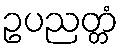
ဥပညတ္တံ